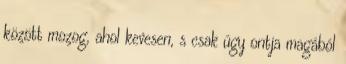
között mozog, ahol kevesen, s csak úgy ontja magából